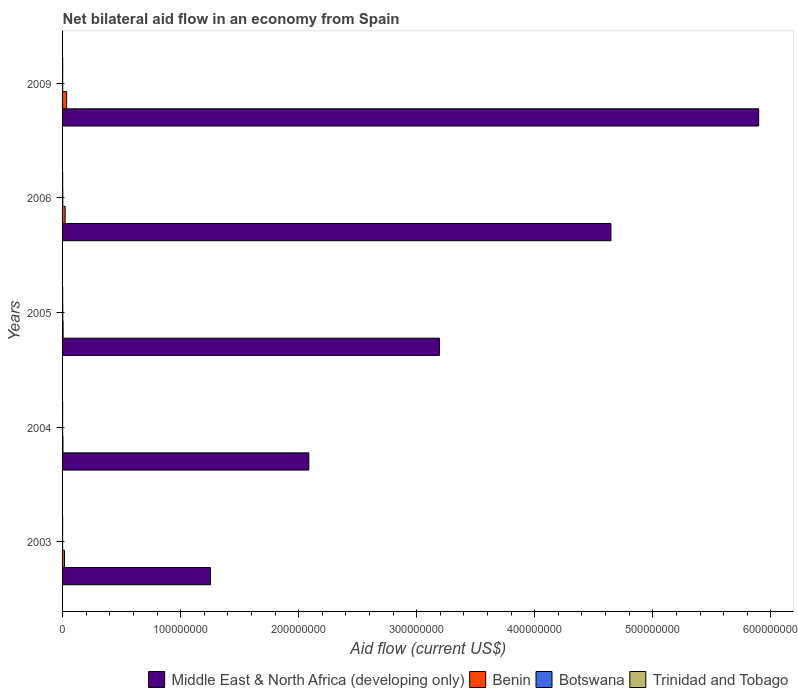
| Years | Middle East & North Africa (developing only) | Benin | Botswana | Trinidad and Tobago |
 | --- | --- | --- | --- | --- |
 | 2003 | 1.25e+08 | 1.67e+06 | 1e+04 | 3e+04 |
 | 2004 | 2.09e+08 | 3.1e+05 | 1e+04 | 5e+04 |
 | 2005 | 3.19e+08 | 4.5e+05 | 1.5e+05 | 7e+04 |
 | 2006 | 4.65e+08 | 2.19e+06 | 1.5e+05 | 7e+04 |
 | 2009 | 5.9e+08 | 3.45e+06 | 6e+04 | 9e+04 |